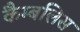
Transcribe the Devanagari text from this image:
कैम्बलिस